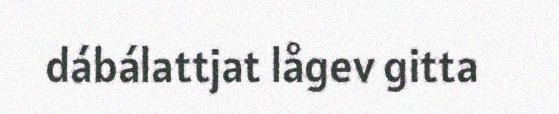
dábálattjat lågev gitta